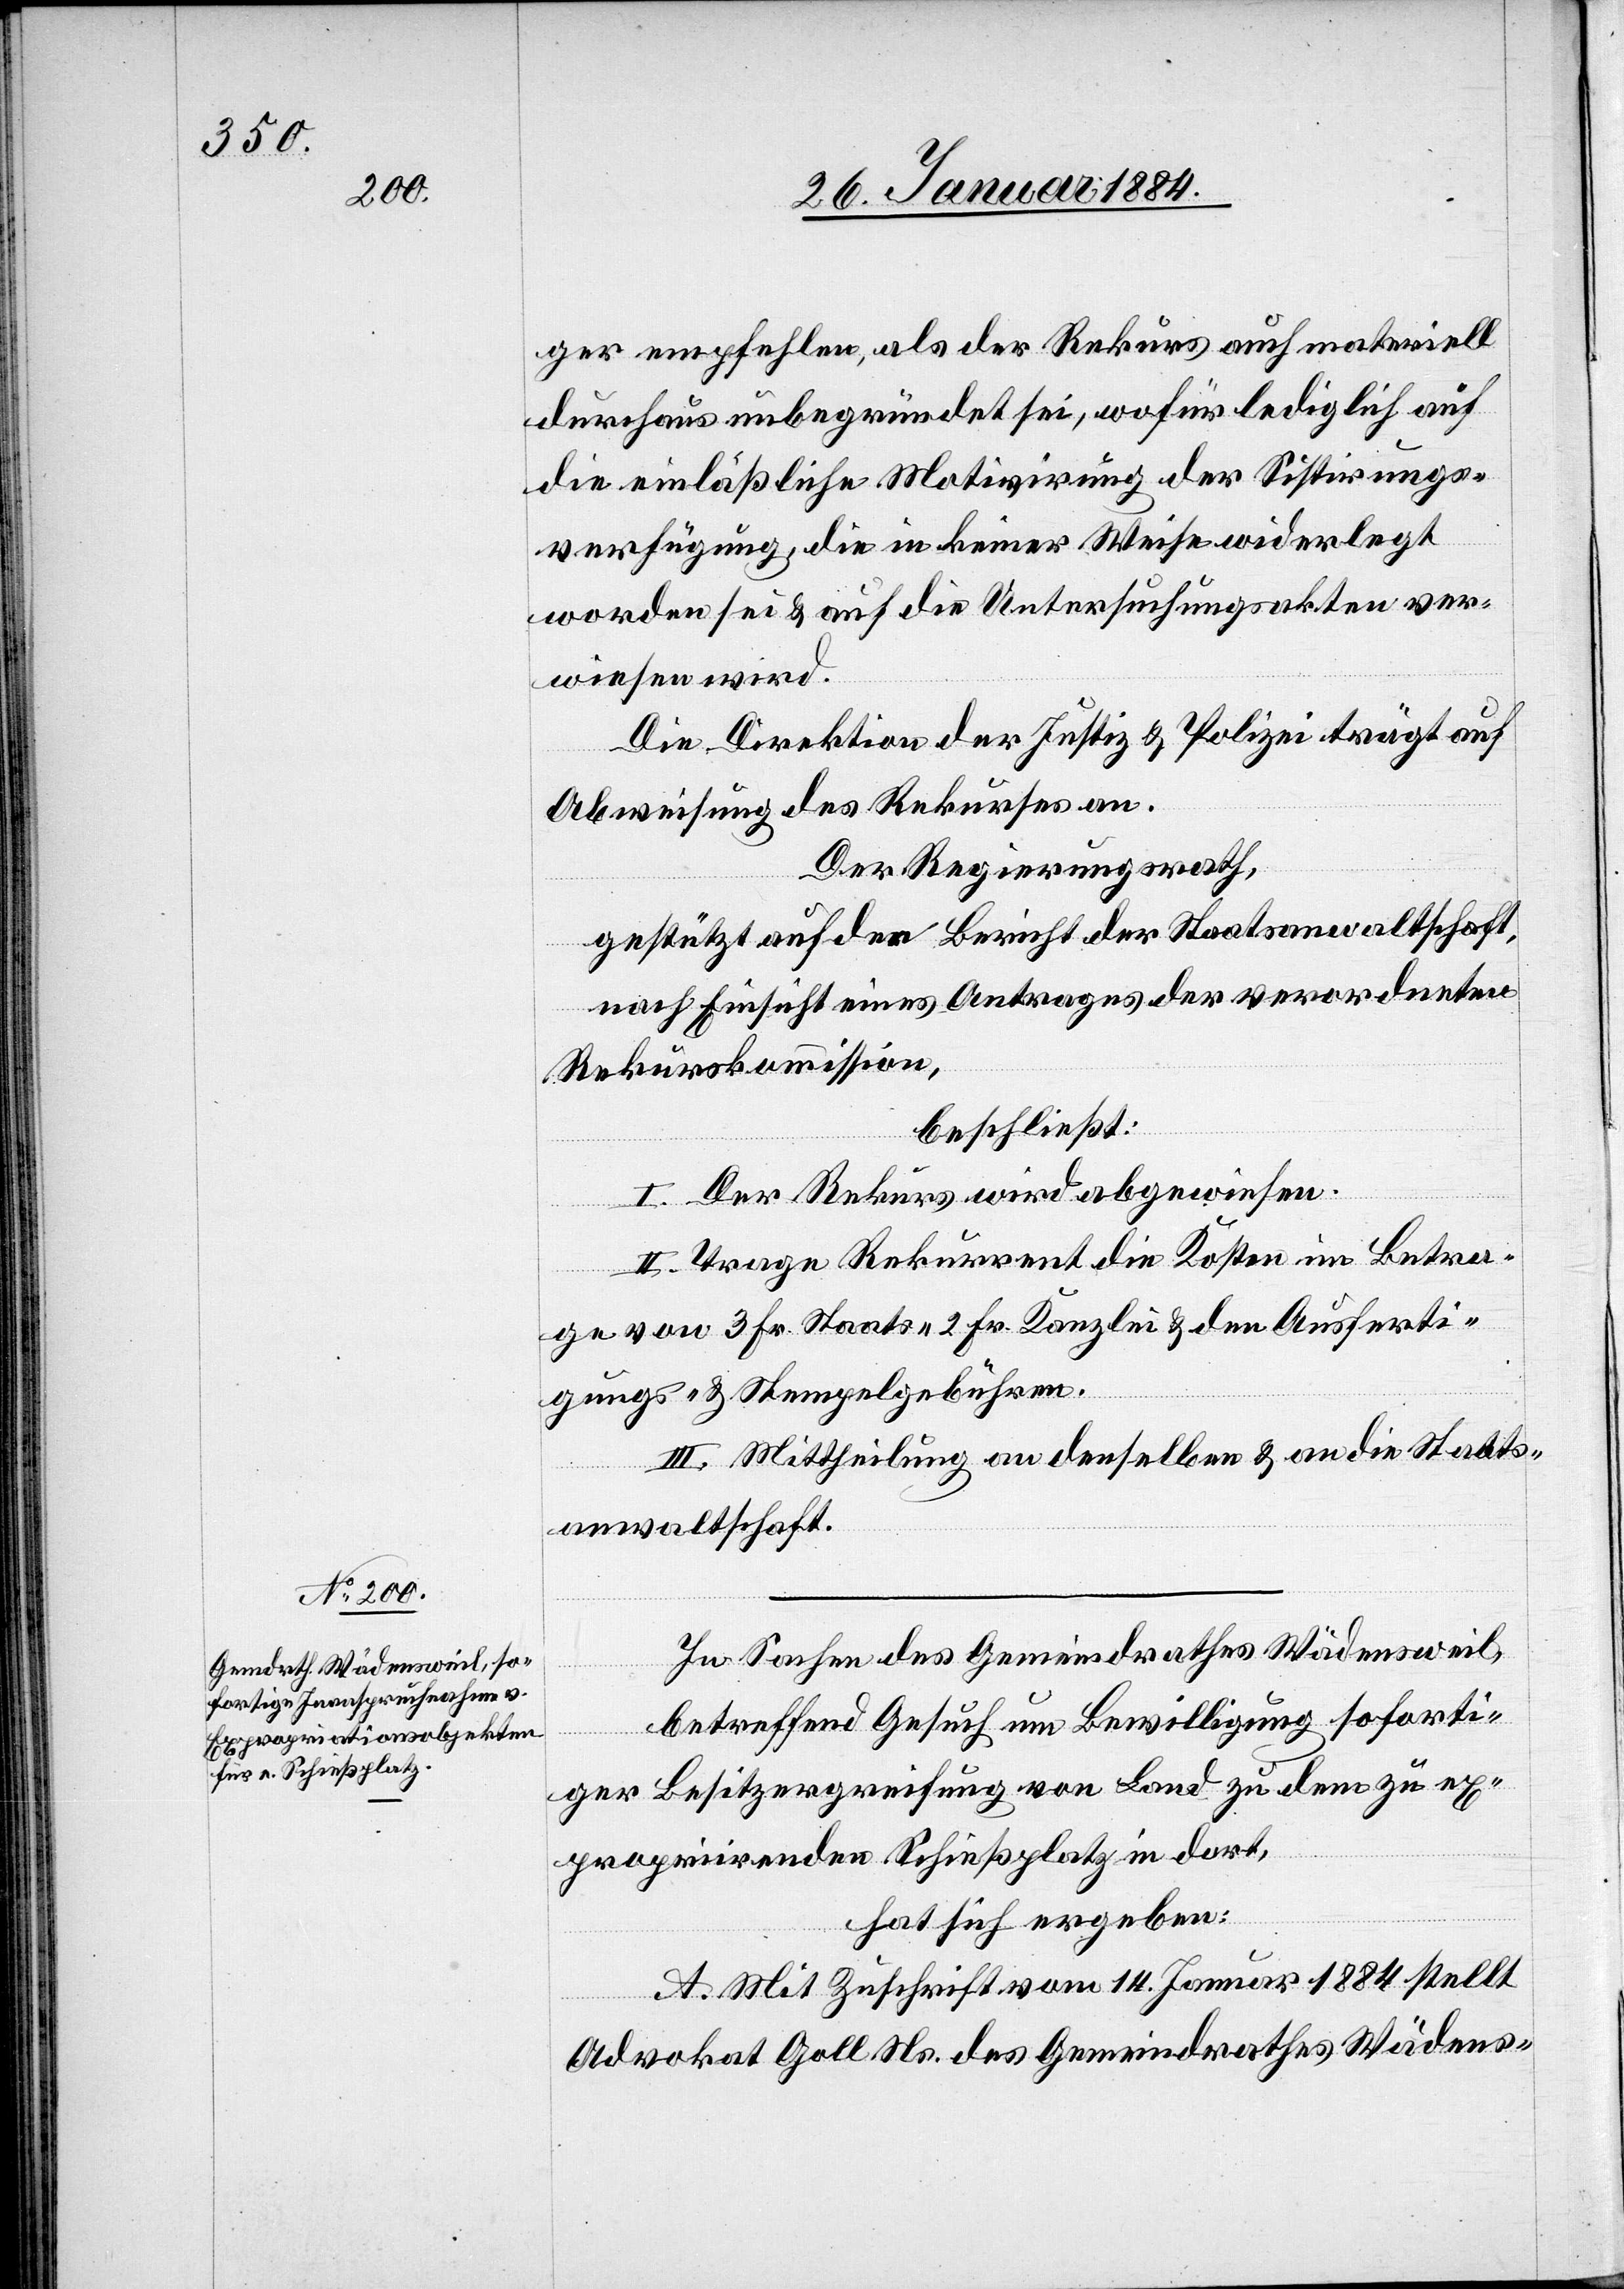
ger empfehlen, als der Rekurs auch materiell
durchaus unbegründet sei, wofür lediglich auf
die einläßliche Motivierung der Sistierungs¬
verfügung, die in keiner Weise widerlegt
worden sei & auf die Untersuchungskaten ver¬
wiesen wird.
Die Direktion der Justiz & Polizei trägt auf
Abweisung des Rekurses an.
Der Regierungsrath,
gestützt auf den Bericht der Staatsanwaltschaft,
nach Einsicht eines Antrages der verordneten
Rekurskommission,
beschließt:
I. Der Rekurs wird abgewiesen.
II. Trage Rekurrent die Kosten im Betra¬
ge von 3 Fr. Staats-, 2 Fr. Kanzlei- & den Ausferti¬
gungs- & Stempelgebühren.
III. Mittheilung an denselben & an die Staats¬
anwaltschaft.
In Sachen des Gemeindrathes Wädensweil,
betreffend Gesuch um Bewilligung soforti¬
ger Besitzergreifung von Land zu dem zu ex¬
propriirenden Schießplatz in dort,
hat sich ergeben:
A. Mit Zuschrift vom 14. Januar 1884 stellt
Advokat Goll Ns. des Gemeindrathes Wädens-